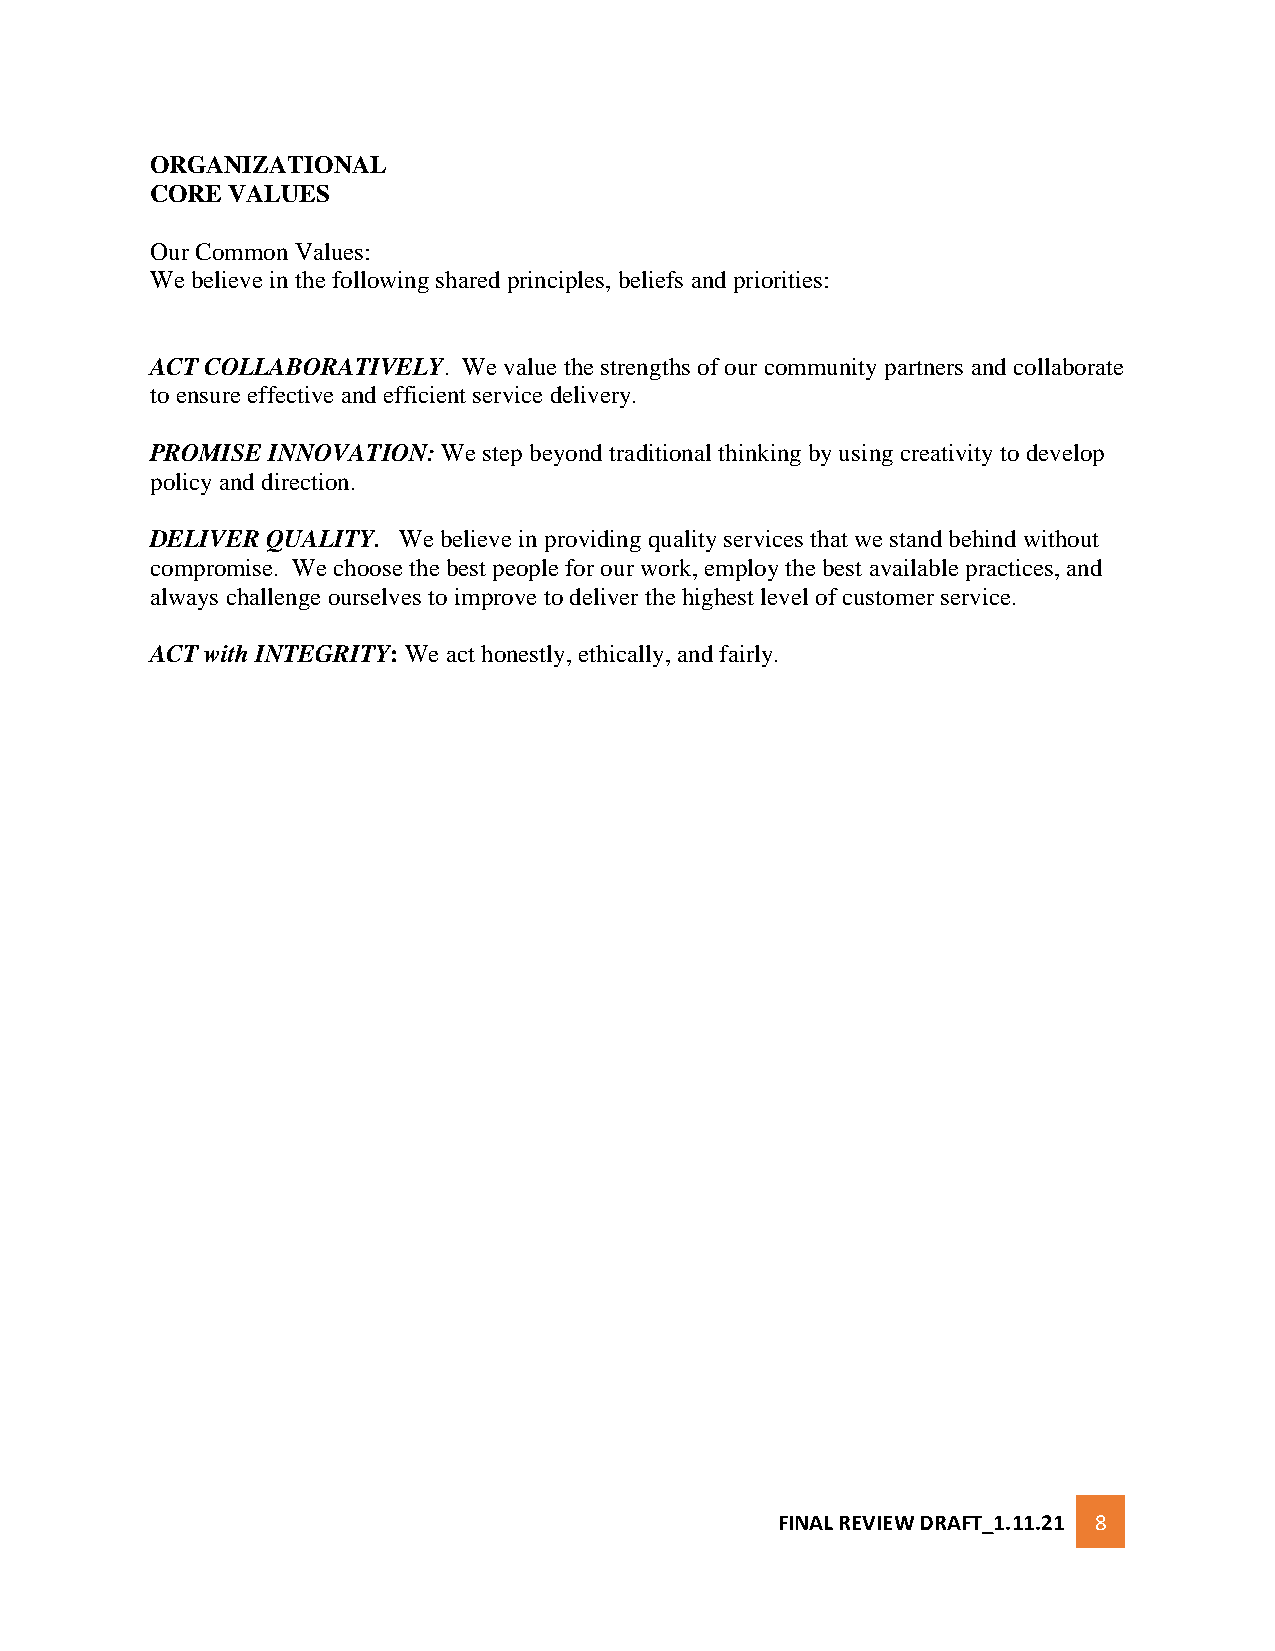
ORGANIZATIONAL
 CORE VALUES
 Our Common Values:
 We believe in the following shared principles, beliefs and priorities:
 ACT COLLABORATIVELY. We value the strengths of our community partners and collaborate
 to ensure effective and efficient service delivery.
 PROMISE INNOVATION: We step beyond traditional thinking by using creativity to develop
 policy and direction.
 DELIVER QUALITY. We believe in providing quality services that we stand behind without
 compromise. We choose the best people for our work, employ the best available practices, and
 always challenge ourselves to improve to deliver the highest level of customer service.
 ACT with INTEGRITY: We act honestly, ethically, and fairly.
 FINAL REVIEW DRAFT_1.11.21 8